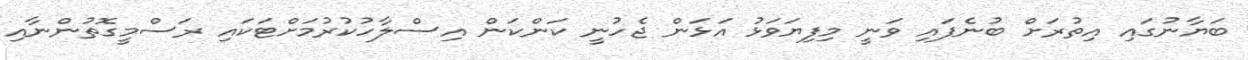
ބަޔާނުގައި އިތުރަށް ބުނެފައި ވަނީ މިފިޔަވަޅު އަޅަން ޖެހުނީ ކަންކަން އިސްލާހުކުރުމަށްޓަކައި ރަސްމީގޮތުންނާއި